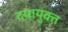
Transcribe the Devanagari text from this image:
दयायुक्त